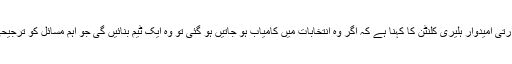
ڈیموکریٹ پارٹی کی صدارتی امیدوار ہلیری کلنٹن کا کہنا ہے کہ اگر وہ انتخابات میں کامیاب ہو جاتیں ہو گئی تو وہ ایک ٹیم بنائیں گی جو اہم مسائل کو ترجیحی بنیادوں پر حل کرے گا۔